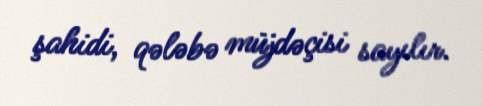
şahidi, qələbə müjdəçisi sayılır.